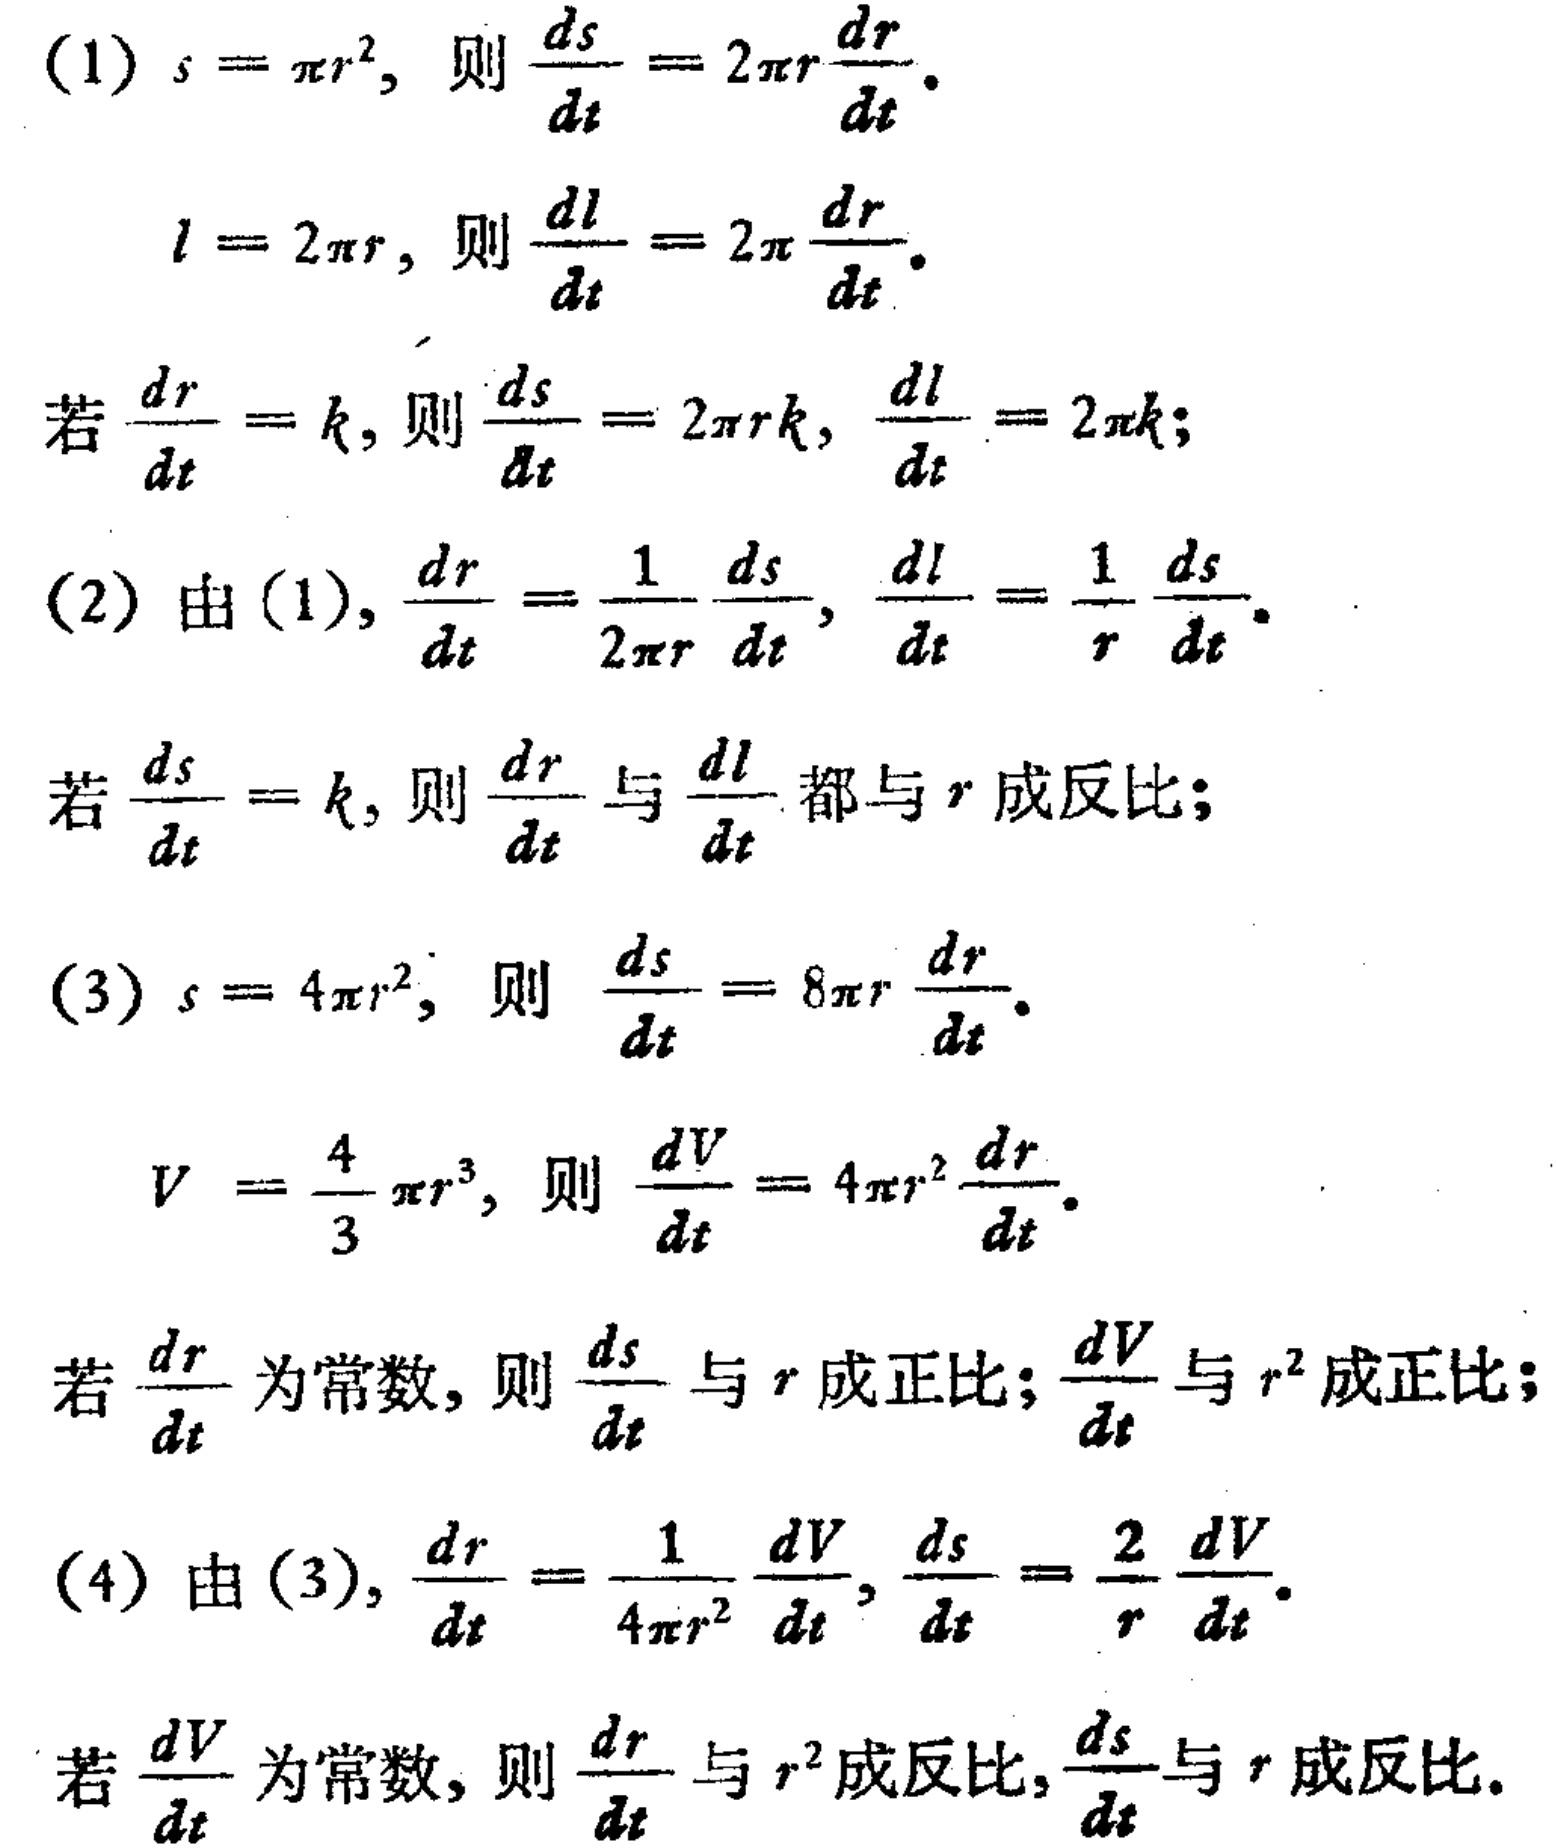
(1) \(s = \pi r^{2}\), 则 \(\frac{ds}{dt}=2\pi r\frac{dr}{dt}\).
\(l = 2\pi r\), 则 \(\frac{dl}{dt}=2\pi\frac{dr}{dt}\).
若 \(\frac{dr}{dt}=k\), 则 \(\frac{ds}{dt}=2\pi rk\), \(\frac{dl}{dt}=2\pi k\);
(2) 由(1), \(\frac{dr}{dt}=\frac{1}{2\pi r}\frac{ds}{dt}\), \(\frac{dl}{dt}=\frac{1}{r}\frac{ds}{dt}\).
若 \(\frac{ds}{dt}=k\), 则 \(\frac{dr}{dt}\) 与 \(\frac{dl}{dt}\) 都与 \(r\) 成反比;
(3) \(s = 4\pi r^{2}\), 则 \(\frac{ds}{dt}=8\pi r\frac{dr}{dt}\).
\(V=\frac{4}{3}\pi r^{3}\), 则 \(\frac{dV}{dt}=4\pi r^{2}\frac{dr}{dt}\).
若 \(\frac{dr}{dt}\) 为常数, 则 \(\frac{ds}{dt}\) 与 \(r\) 成正比; \(\frac{dV}{dt}\) 与 \(r^{2}\) 成正比;
(4) 由(3), \(\frac{dr}{dt}=\frac{1}{4\pi r^{2}}\frac{dV}{dt}\), \(\frac{ds}{dt}=\frac{2}{r}\frac{dV}{dt}\).
若 \(\frac{dV}{dt}\) 为常数, 则 \(\frac{dr}{dt}\) 与 \(r^{2}\) 成反比, \(\frac{ds}{dt}\) 与 \(r\) 成反比.